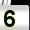
Digit: 5